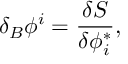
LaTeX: \delta _ { B } \phi ^ { i } = \frac { \delta S } { \delta \phi _ { i } ^ { * } } ,